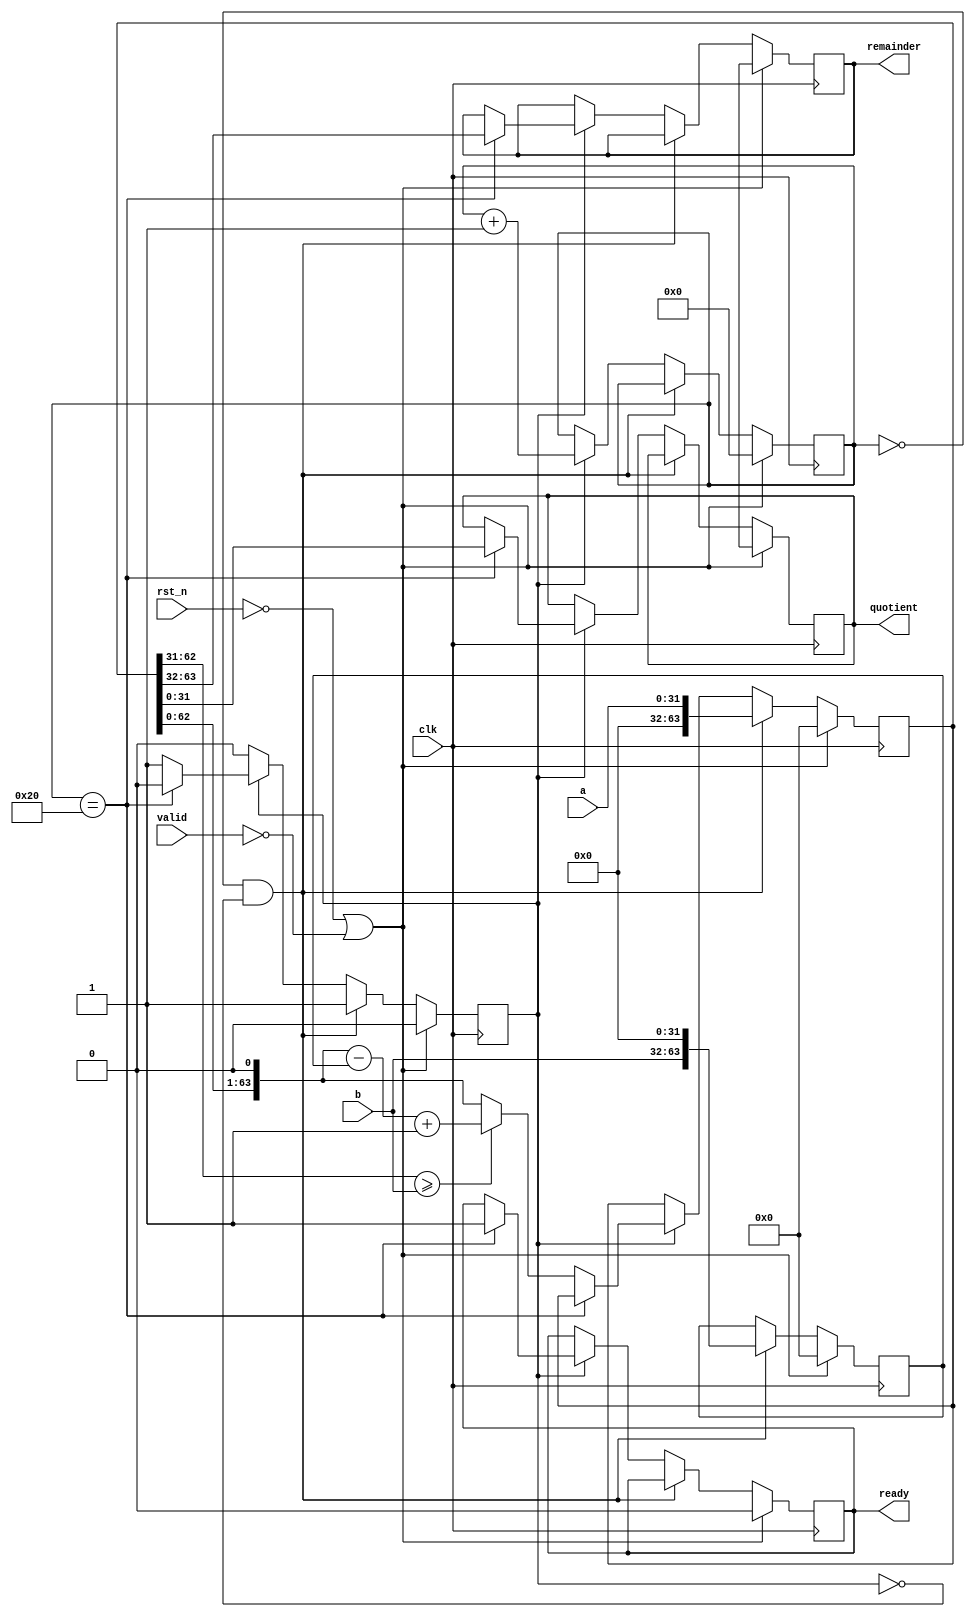
module divider #(
	parameter [7:0]WIDTH = 32
)(
	input clk,
	input rst_n,
	input [WIDTH-1:0]a,
	input [WIDTH-1:0]b,
	input valid,
	output ready,
	output [WIDTH-1:0]quotient,
	output [WIDTH-1:0]remainder
);

reg ready;
reg [WIDTH-1:0]quotient;
reg [WIDTH-1:0]remainder;

reg [2*WIDTH-1:0]temp_a;
reg [2*WIDTH-1:0]new_temp_a;
reg [2*WIDTH-1:0]temp_b;

wire [WIDTH-1:0]zero_pad = 0;

reg [8:0] current_bit;

reg running;

always @* begin
	new_temp_a = {temp_a[2*WIDTH-2:0], 1'b0};
	if (new_temp_a[2*WIDTH-1:WIDTH] >= b)
		new_temp_a = new_temp_a - temp_b + 1'b1;
	else
		new_temp_a = new_temp_a;
end

always @(posedge clk) begin
	if (!rst_n || !valid) begin
		ready <= 0;
		temp_a <= 0;
		temp_b <= 0;
		current_bit <= 0;
		quotient <= 'bx;
		remainder <= 'bx;
		running <= 0;
	end else begin
		if (current_bit == 0 && !running) begin
			temp_a <= {zero_pad, a};
			temp_b <= {b, zero_pad};
			running <= 1;
		end else if (running) begin
			if (current_bit == WIDTH) begin
				running <= 0;
				quotient <= temp_a[WIDTH-1:0];
				remainder <= temp_a[2*WIDTH-1:WIDTH];
				ready <= 1;
			end else begin
				temp_a <= new_temp_a;
			end
			current_bit <= current_bit + 1;
		end
	end
end

endmodule